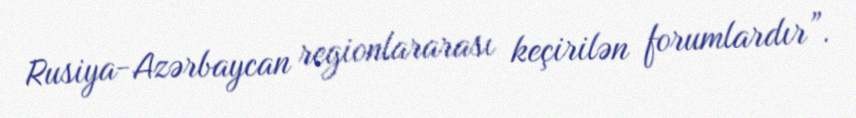
Rusiya-Azərbaycan regionlararası keçirilən forumlardır”.